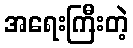
အရေးကြီးတဲ့